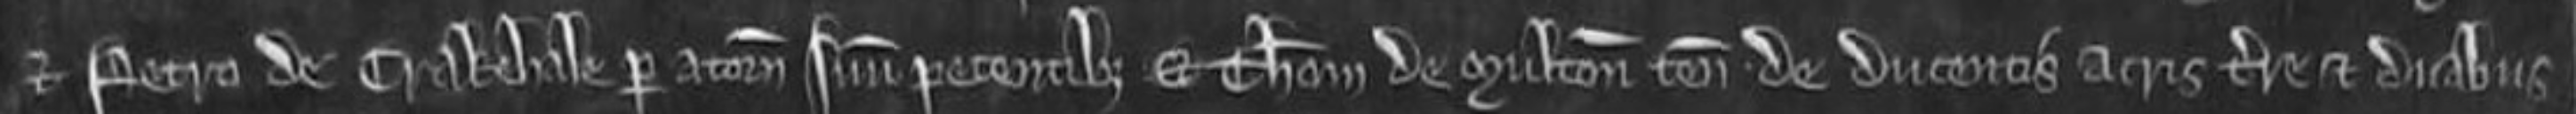
et Petro de Crakehale per attornatum suum petentibus et Thome de Multon tenenti de ducentis acris terre et duabus